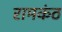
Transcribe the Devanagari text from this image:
रामकंठ